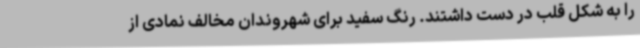
را به شکل قلب در دست داشتند. رنگ سفید برای شهروندان مخالف نمادی از